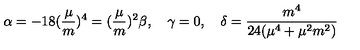
\alpha = - 1 8 ( \frac { \mu } { m } ) ^ { 4 } = ( \frac { \mu } { m } ) ^ { 2 } \beta , \quad \gamma = 0 , \quad \delta = \frac { m ^ { 4 } } { 2 4 ( \mu ^ { 4 } + \mu ^ { 2 } m ^ { 2 } ) }